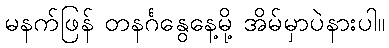
မနက်ဖြန် တနင်္ဂနွေနေ့မို့ အိမ်မှာပဲနားပါ။